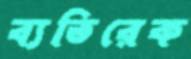
ব্যতিরেক